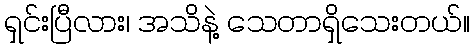
ရှင်းပြီလား၊ အသိနဲ့ သေတာရှိသေးတယ်။